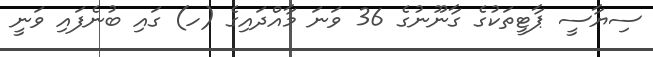
ސިޔާސީ ޕާޓީތަކުގެ ގާނޫނުގެ 36 ވަނަ މާއްދައިގެ (ހ) ގައި ބުނެފައި ވަނީ